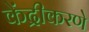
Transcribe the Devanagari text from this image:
केंद्रीकरणे